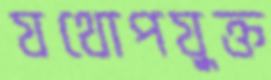
যথোপযুক্ত